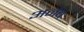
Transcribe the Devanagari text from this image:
अर्नब